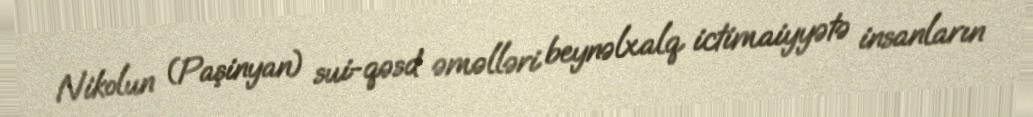
Nikolun (Paşinyan) sui-qəsd əməlləri beynəlxalq ictimaiyyətə insanların